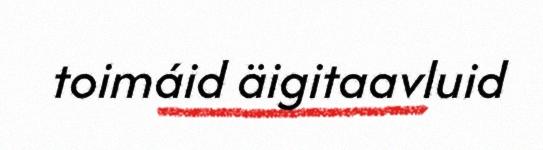
toimáid äigitaavluid